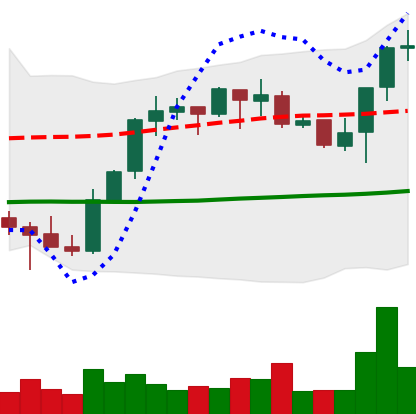
Ticker: BNB-USD
Chart end date: 2021-10-14
Forward return: 3.417%
Label: up_3_5